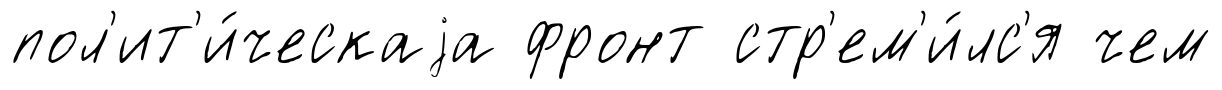
пол'ит'и́ческаjа фронт стр'ем'и́лс'я чем